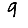
Digit: 9